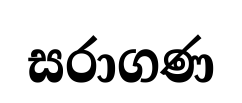
සරාගණ